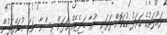
ދައުލަތުގެ ހަރަދު ކުޑަކޮށް ދަރަނި ނުވާ ބަޖެޓެއް ހަދަން ވިސްނާ ނަމަ މުވައްޒަފުން